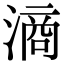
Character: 滳